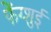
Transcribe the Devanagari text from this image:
फेंग्शुई